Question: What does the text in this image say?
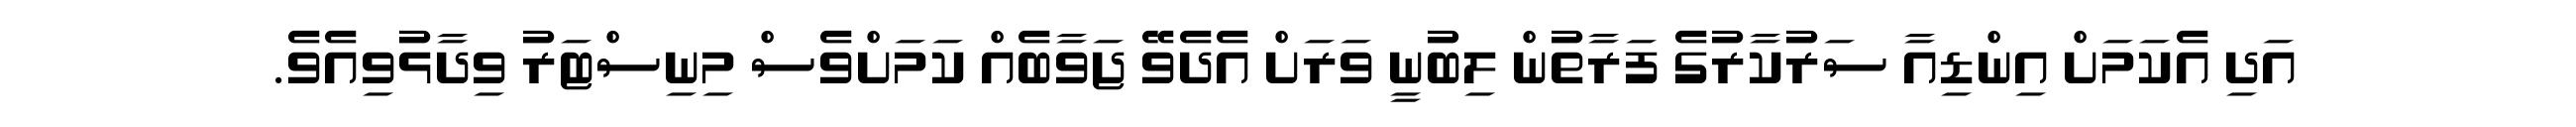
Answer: އަދި އެކަމަށް އިންޑިއާ ސަރުކާރުގެ ފަރާތުން ލިބުނީ ވަރަށް އެދެވޭ ޖަވާބެއް ކަމަށްވެސް މިނިސްޓަރު ވިދާޅުވިއެވެ.